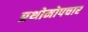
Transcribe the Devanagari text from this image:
प्रथोमोपचार